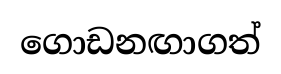
ගොඩනඟාගත්